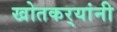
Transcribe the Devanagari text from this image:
खोतकर्‍यांनी